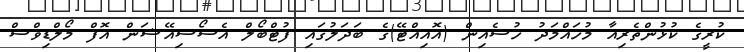
ކުރީގެ ކުޅުންތެރިއާ މުހައްމަދު ހުސެއިން (އޮއިއްޓޭ)ގެ ބަދަލުގައި ފުޓްބޯލް އެސޯސިއޭޝަން އޮފް މޯލްޑިވްސް